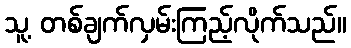
သူ့ တစ်ချက်လှမ်းကြည့်လိုက်သည်။